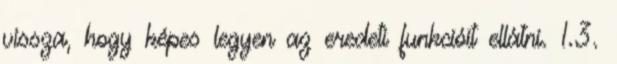
vissza, hogy képes legyen az eredeti funkcióit ellátni. 1.3.